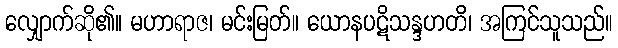
လျှောက်ဆို၏။ မဟာရာဇ၊ မင်းမြတ်။ ယောနပဋိသန္ဒဟတိ၊ အကြင်သူသည်။